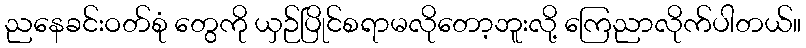
ညနေခင်းဝတ်စုံ တွေကို ယှဉ်ပြိုင်စရာမလိုတော့ဘူးလို့ ကြေညာလိုက်ပါတယ်။